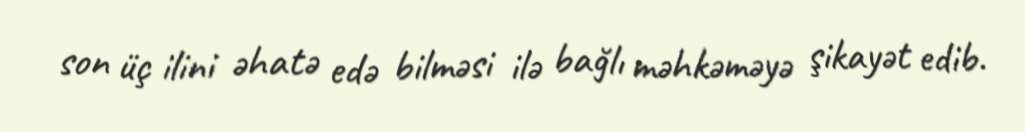
son üç ilini əhatə edə bilməsi ilə bağlı məhkəməyə şikayət edib.